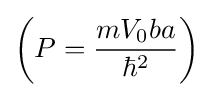
\left(P={\frac {mV_{0}ba}{\hbar ^{2}}}\right)